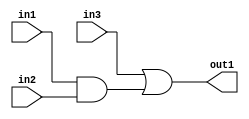
module combo(out1, in1, in2, in3);
   output out1;
   input  in1;
   input  in2;
   input  in3;

   wire   w1;

   and and1(w1, in1, in2);
   or or1(out1, in3, w1);
   
endmodule // combo